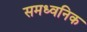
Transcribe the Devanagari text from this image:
समध्वनिक